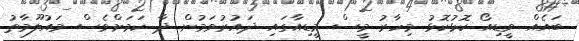
ބައެއް ވީޑިއޯ ކޮޅުކޮޅު މިހާރު މީސް މީޑިއާގައި ދައުރުވަމުން ދާ ކަމަށްވެސް މައުލޫމާތު